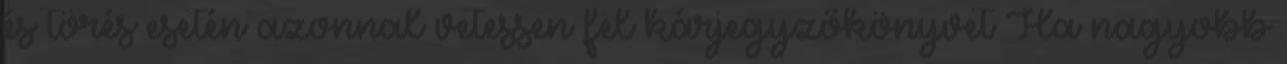
és törés esetén azonnal vetessen fel kárjegyzőkönyvet Ha nagyobb